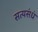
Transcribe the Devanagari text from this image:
सत्यसंधं